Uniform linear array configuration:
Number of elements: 64
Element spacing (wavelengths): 0.25
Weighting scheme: cosine
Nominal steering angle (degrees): -15
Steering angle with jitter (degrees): -16.961
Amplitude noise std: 0.05
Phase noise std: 0.05

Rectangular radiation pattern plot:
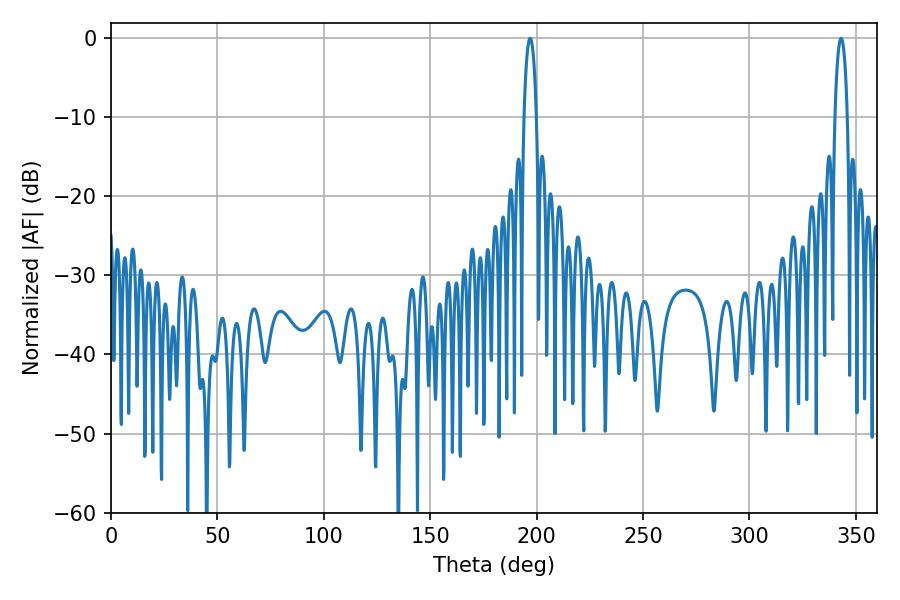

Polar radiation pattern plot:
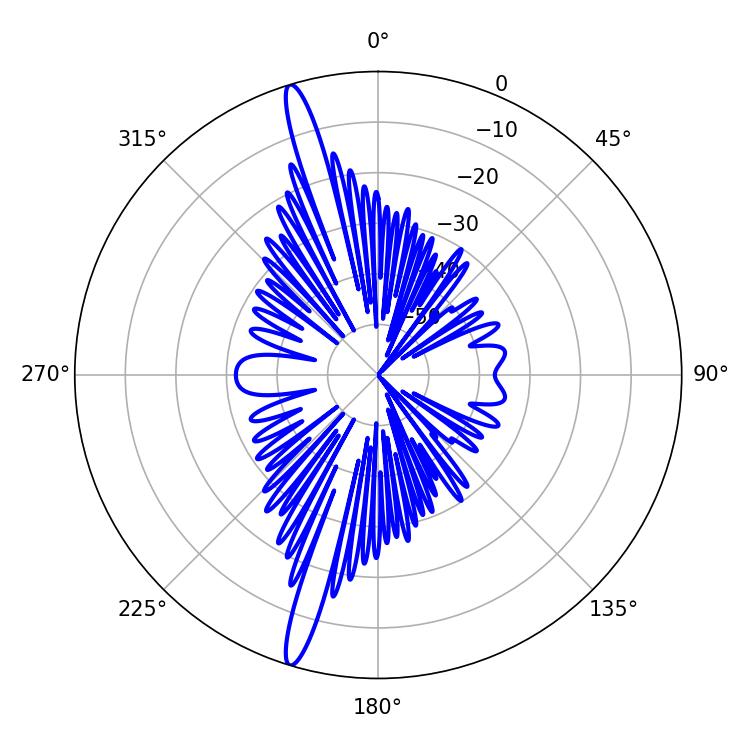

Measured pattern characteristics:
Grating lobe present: FALSE
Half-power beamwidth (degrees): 3.24
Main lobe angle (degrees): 196.92